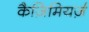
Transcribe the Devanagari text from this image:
कैज़िमियर्ज़